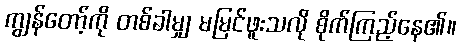
ကျွန်တော့်ကို တစ်ခါမျှ မမြင်ဖူးသလို စိုက်ကြည့်နေ၏။